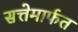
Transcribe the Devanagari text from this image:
सत्तेमार्फत